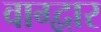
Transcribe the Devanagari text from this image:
वाग्द्वार